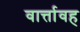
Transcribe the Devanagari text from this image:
वार्त्तावह